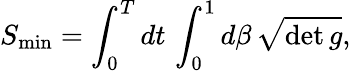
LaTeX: S_{\mathrm{min}}=\int_{0}^{T}dt\, \int_{0}^{1}d\beta\, \sqrt{\operatorname*{det}g},